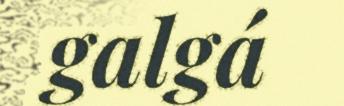
galgá